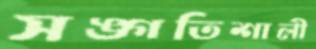
সঙ্গতিশালী